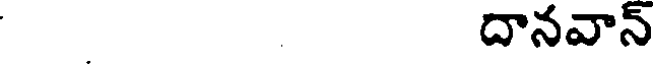
దానవాన్